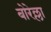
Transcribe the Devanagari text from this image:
बोरेल्ला